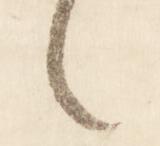
之